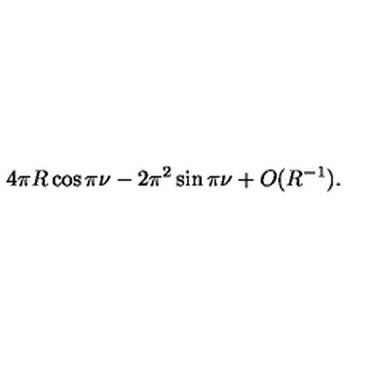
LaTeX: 4 \pi R \cos \pi \nu - 2 \pi ^ { 2 } \sin \pi \nu + O ( R ^ { - 1 } ) .